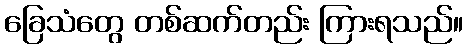
ခြေသံတွေ တစ်ဆက်တည်း ကြားရသည်။